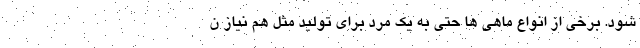
شود. برخی از انواع ماهی ها حتی به یک مرد برای تولید مثل هم نیاز ن